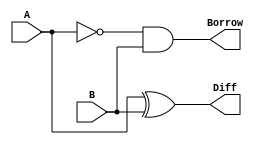
module HalfSubtractor(
    input wire A,     // Minuend
    input wire B,     // Subtrahend
    output wire Diff, // Difference
    output wire Borrow // Borrow
);

assign Diff = A ^ B;        // XOR gate for difference
assign Borrow = ~A & B;     // AND gate with NOT for borrow

endmodule